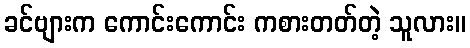
ခင်ဗျားက ကောင်းကောင်း ကစားတတ်တဲ့ သူလား။